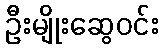
ဦးမျိုးဆွေဝင်း